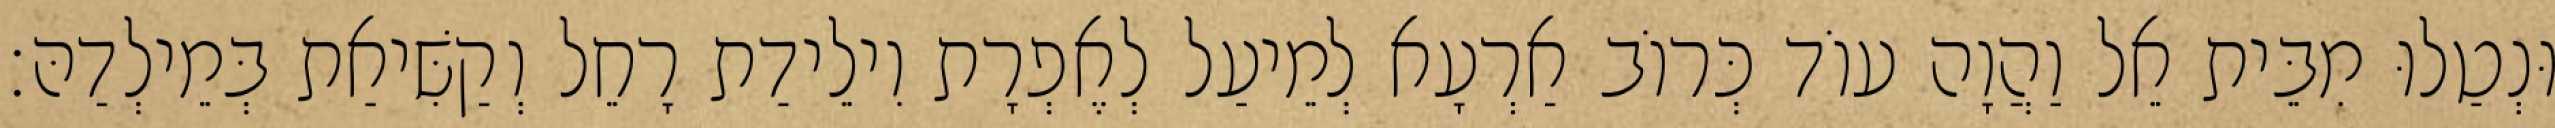
וּנְטַלוּ מִבֵּית אֵל וַהֲוָה עוֹד כְּרוֹב אַרְעָא לְמֵיעַל לְאֶפְרָת וִילֵידַת רָחֵל וְקַשִּׁיאַת בְּמֵילְדַהּ׃